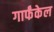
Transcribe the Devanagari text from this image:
गार्फंकेल